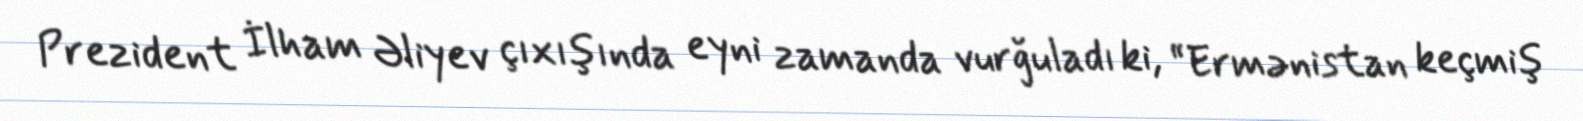
Prezident İlham Əliyev çıxışında eyni zamanda vurğuladı ki, “Ermənistan keçmiş